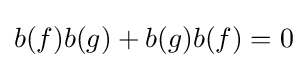
b(f)b(g)+b(g)b(f)=0